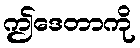
ဤဒေတာကို